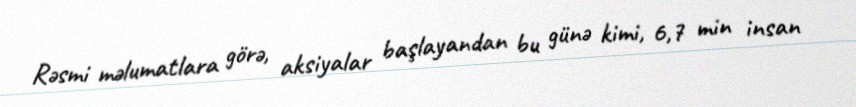
Rəsmi məlumatlara görə, aksiyalar başlayandan bu günə kimi, 6,7 min insan